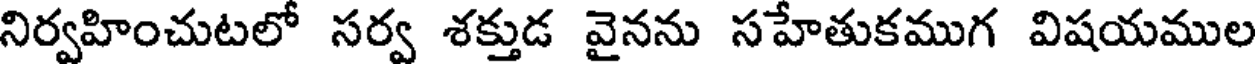
నిర్వహించుటలో సర్వ శక్తుడ వైనను సహేతుకముగ విషయముల